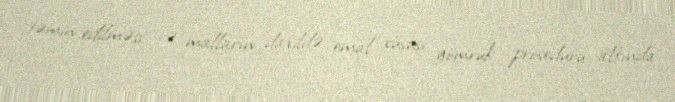
təmin edilməsi və malların daxildə emal xüsusi gömrük proseduru altında